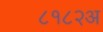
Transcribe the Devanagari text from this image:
८१८२अ